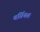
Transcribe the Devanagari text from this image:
बर्गियस